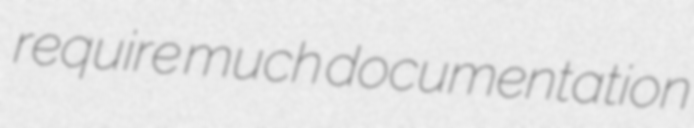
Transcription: require much documentation